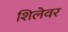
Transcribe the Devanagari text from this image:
शिलेवर